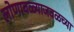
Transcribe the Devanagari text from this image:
लोणावळ्याजवळच्या